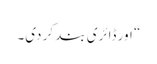
“ اور ڈائری بند کر دی۔